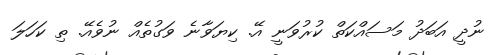
ނުދީ އަބަދު މަސައްކަތް ކުރުވަނީ އޭ. ކިޔަވާނެ ވަގުތެއް ނުވެއޭ. ތި ކަހަލަ